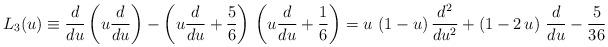
LaTeX: \begin{align*}L_3(u) \equiv \frac{d}{du}\left(u\frac{d}{du}\right)- \left(u\frac{d}{du} +\frac{5}{6}\right)\, \left(u\frac{d}{du} +\frac{1}{6} \right )= u \, \left(1 - u \right) \frac{d^2}{du^2} +\left(1-2 \, u\right)\, \frac{d}{du} - \frac{5}{36}\end{align*}